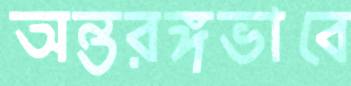
অন্তরঙ্গভাবে